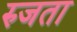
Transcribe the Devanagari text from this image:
रुजता